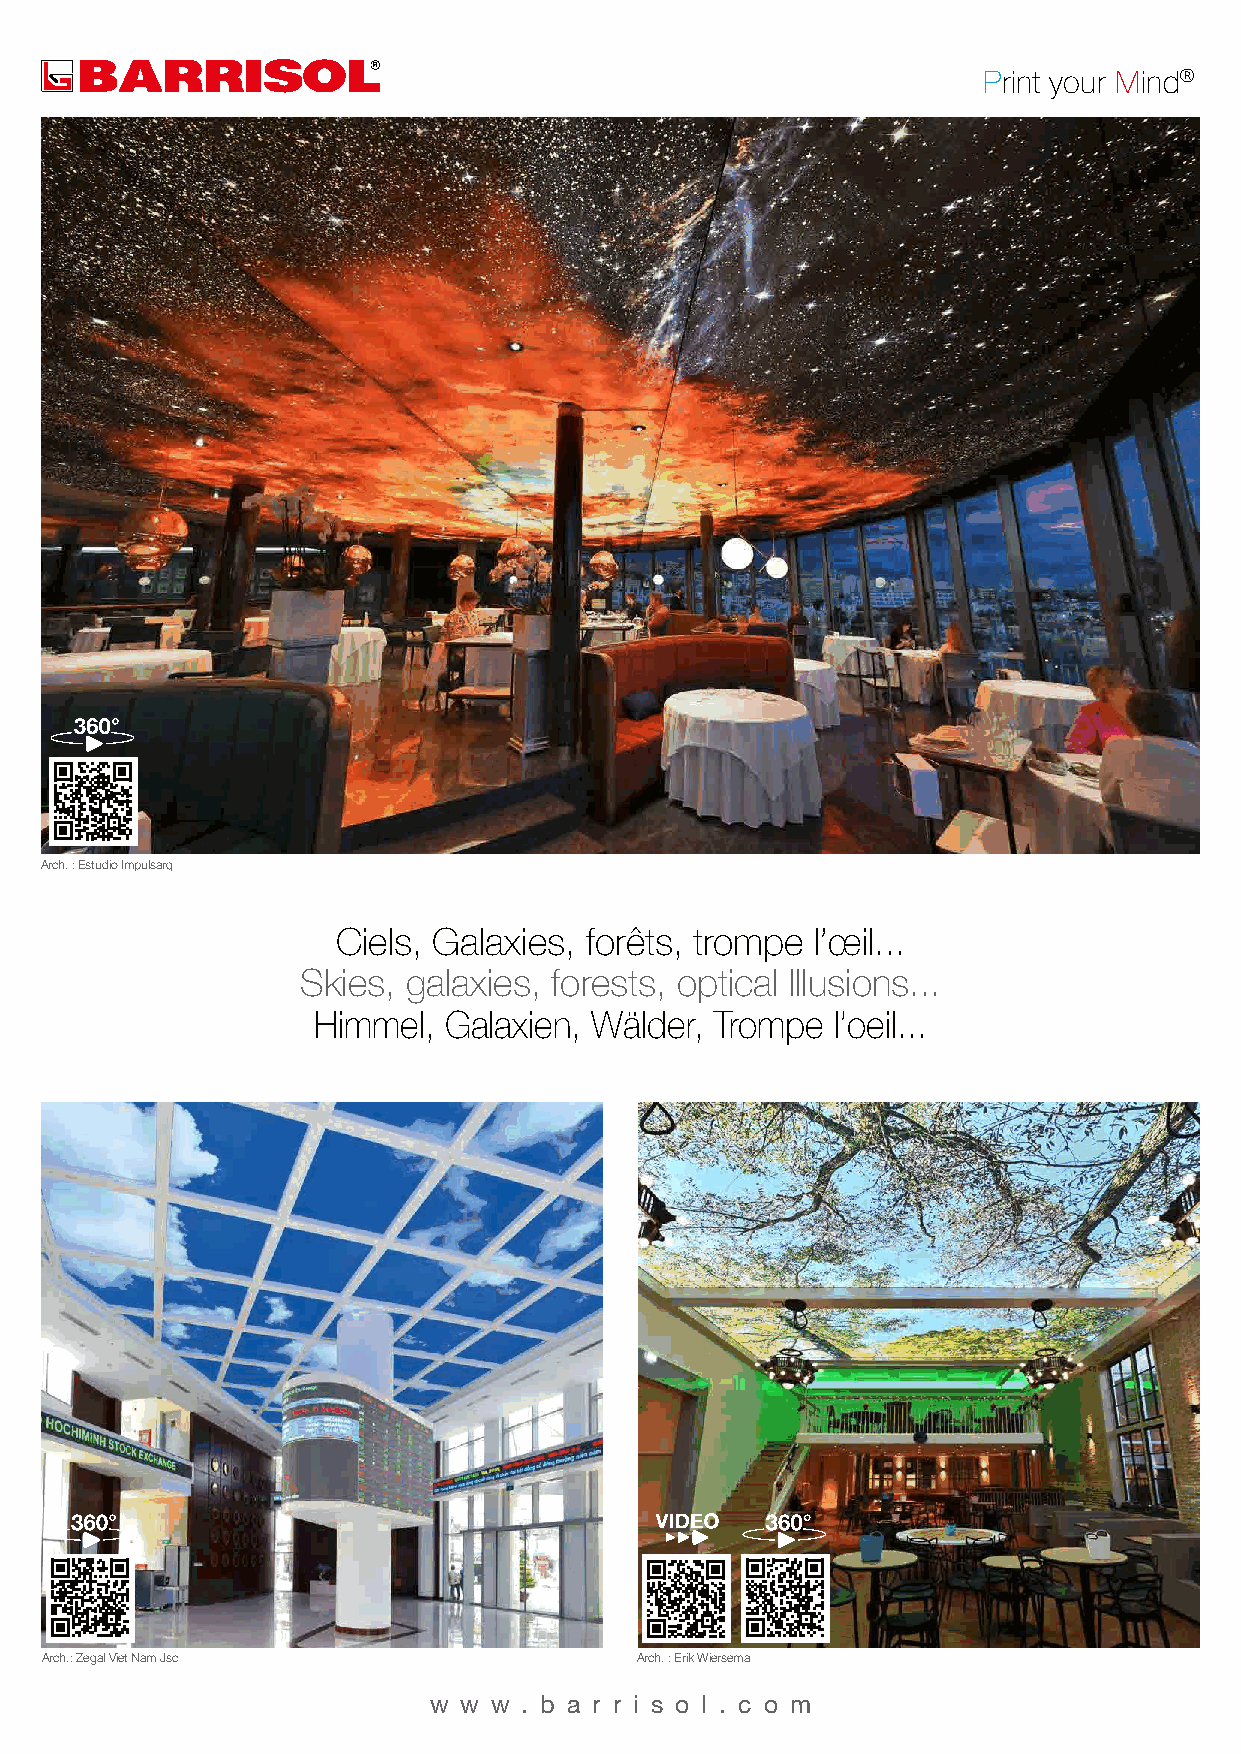
Print your Mind®
 Arch. : Estudio Impulsarq
 Ciels, Galaxies, forêts, trompe l’œil...
 Skies, galaxies, forests, optical Illusions...
 Himmel, Galaxien, Wälder, Trompe  l’oeil...
 Arch.: Zegal Viet Nam Jsc              Arch. : Erik Wiersema
 w w  w . b a r r i s o l . c o m